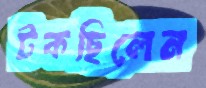
টকছিলেন